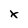
Character: x